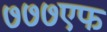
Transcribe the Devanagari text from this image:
७७७एफ